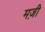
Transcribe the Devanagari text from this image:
मज़ी